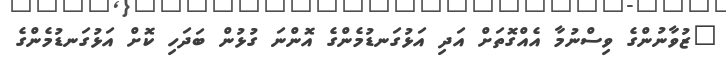
"ޒުވާނުންގެ ވިސްނުމާ އެއްގޮތަށް އަދި އަޅުގަނޑުމެންގެ އޮންްނަ ގުޅުން ބަދަހި ކޮށް އަޅުގަނޑުމެންގެ